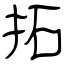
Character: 拓